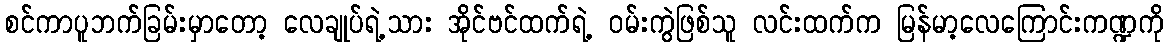
စင်ကာပူဘက်ခြမ်းမှာတော့ လေချုပ်ရဲ့သား အိုင်ဗင်ထက်ရဲ့ ဝမ်းကွဲဖြစ်သူ လင်းထက်က မြန်မာ့လေကြောင်းကဏ္ဍကို